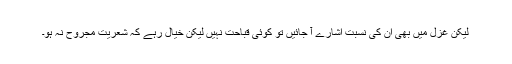
لیکن غزل میں بھی ان کی نسبت اشارے آ جائیں تو کوئی قباحت نہیں لیکن خیال رہے کہ شعریت مجروح نہ ہو۔